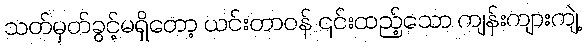
သတ်မှတ်ခွင့်မရှိတော့ ယင်းတာဝန် ၎င်းထည့်သော ကျန်းကျားကျဲ့